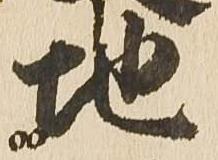
地